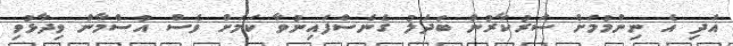
އަދި އެ ނިންމުމަށް ސަރުކާރުން ބަދަލު ގެނެސްފައިނުވާ ކަމަށް ވެސް އުސްމާން ވިދާޅުވި